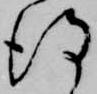
得